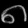
Digit: ၈